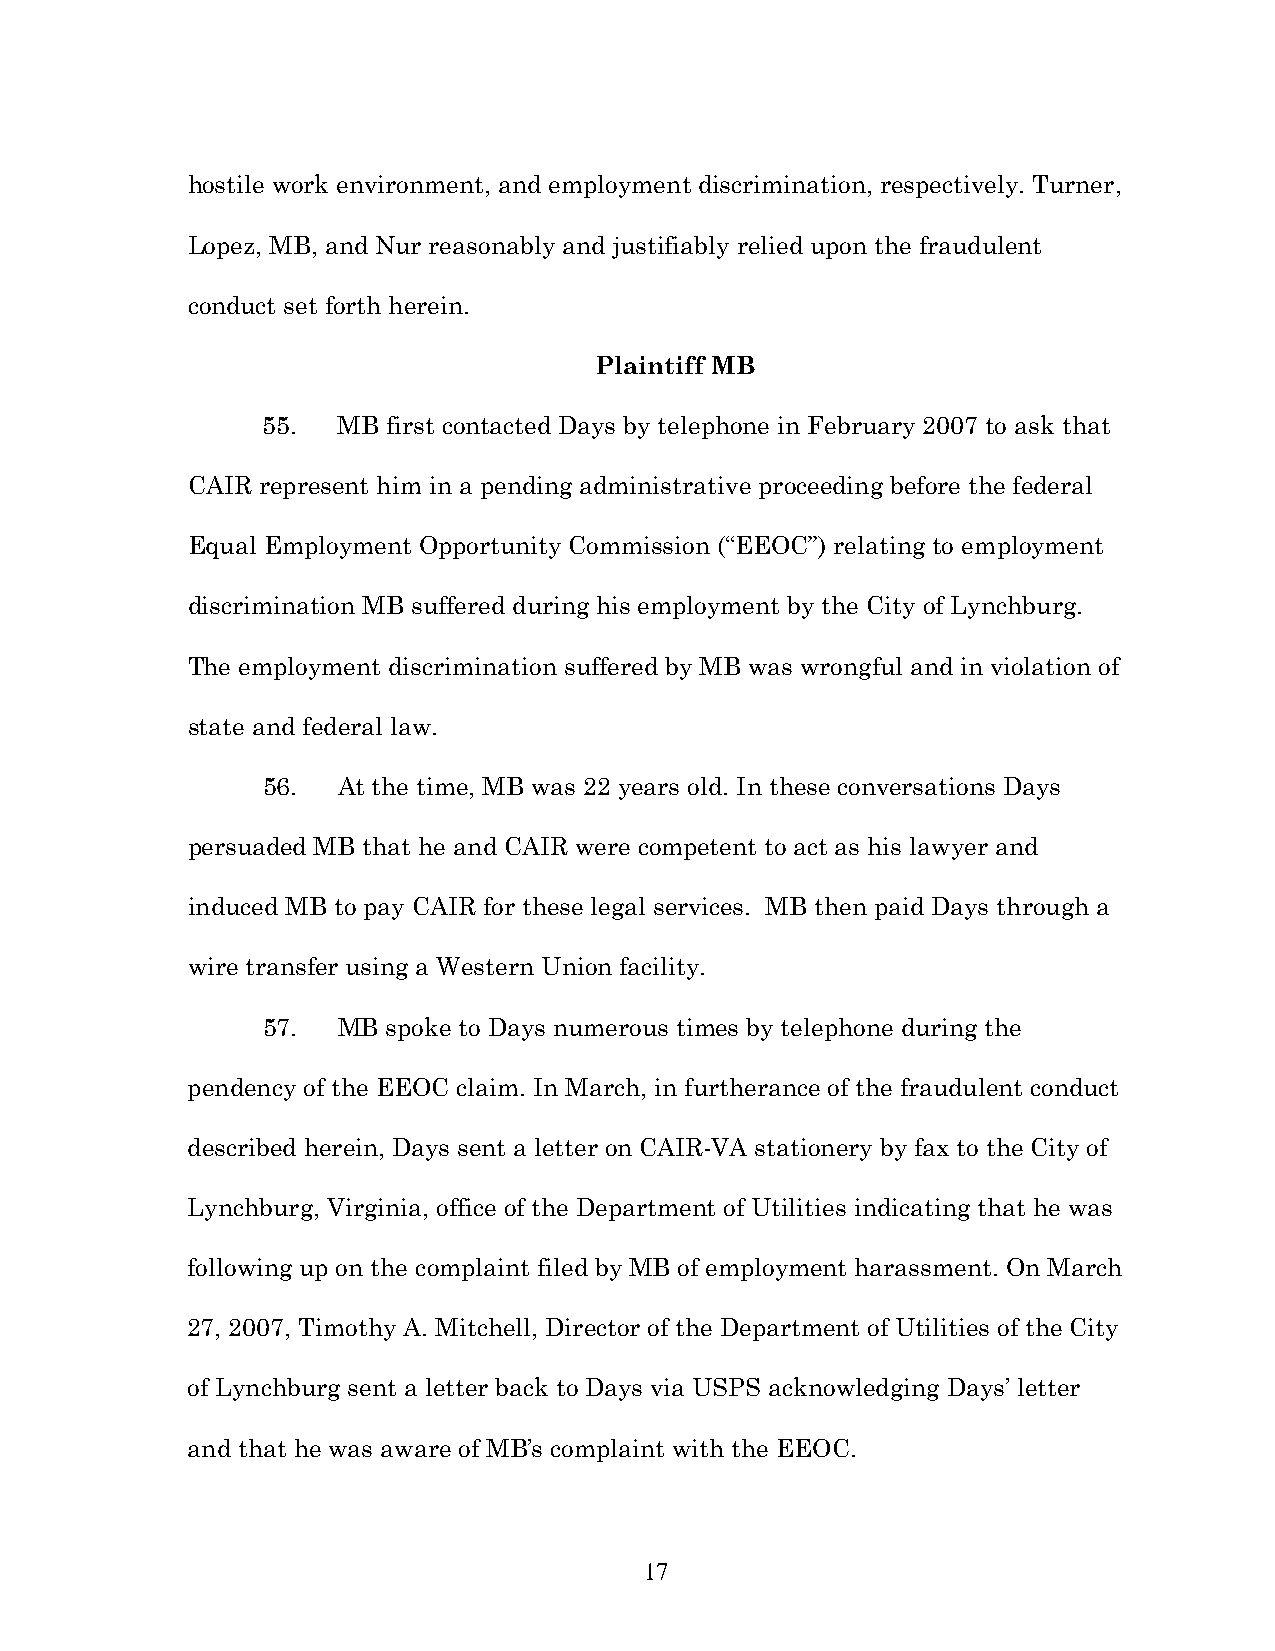
hostile work environment, and employment discrimination, respectively. Turner,
 Lopez, MB, and Nur reasonably and justifiably relied upon the fraudulent
 conduct set forth herein.
 Plaintiff MB
 55.  MB  first contacted Days by telephone in February 2007 to ask that
 CAIR represent him in a pending administrative proceeding before the federal
 Equal Employment Opportunity Commission (“EEOC”) relating to employment
 discrimination MB suffered during his employment by the City of Lynchburg.
 The employment discrimination suffered by MB was wrongful and in violation of
 state and federal law.
 56.  At the time, MB was 22 years old. In these conversations Days
 persuaded MB that he and CAIR were competent to act as his lawyer and
 induced MB to pay CAIR for these legal services. MB then paid Days through a
 wire transfer using a Western Union facility.
 57.  MB  spoke to Days numerous times by telephone during the
 pendency of the EEOC claim. In March, in furtherance of the fraudulent conduct
 described herein, Days sent a letter on CAIR-VA stationery by fax to the City of
 Lynchburg, Virginia, office of the Department of Utilities indicating that he was
 following up on the complaint filed by MB of employment harassment. On March
 27, 2007, Timothy A. Mitchell, Director of the Department of Utilities of the City
 of Lynchburg sent a letter back to Days via USPS acknowledging Days’ letter
 and that he was aware of MB’s complaint with the EEOC.
 17